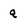
Character: Q